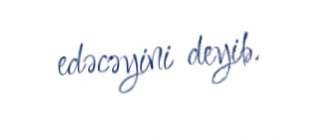
edəcəyini deyib.